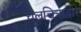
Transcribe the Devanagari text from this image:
चलचित्राद्वारे